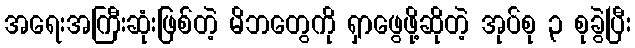
အရေးအကြီးဆုံးဖြစ်တဲ့ မိဘတွေကို ရှာဖွေဖို့ဆိုတဲ့ အုပ်စု ၃ စုခွဲပြီး